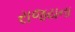
રાજયના